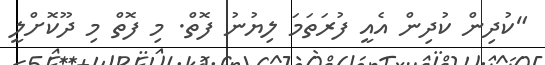
"ކުދިން ކުދިން އެއީ ފުރަތަމަ ލިޔުނު ފޮތް. މި ފޮތް މި ދޫކޮށްލީ